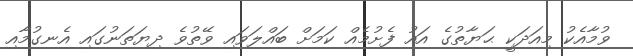
ވުމާއެކު މިއަދަކީ ޙަޔާތުގެ އައު ފެށުމެއް ކަމަށް ބައްލަވައި ވޭތުވެ ދިޔަތަނުގައި އެނގުމާއި